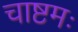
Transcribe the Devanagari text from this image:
चाष्टमः